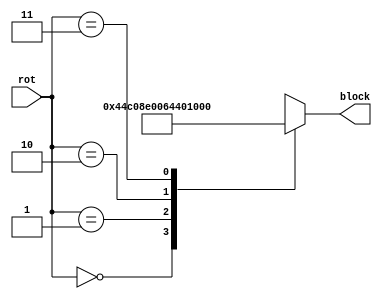
module J_sel(input[1:0] rot, output reg[0:15] block);
wire[0:15] j0 = 16'b0100010011000000;
wire[0:15] j1 = 16'b1000111000000000;
wire[0:15] j2 = 16'b0110010001000000;
wire[0:15] j3 = 16'b0000111000100000;
always @*
begin
    case(rot)
        0: block = j0;
        1: block = j1;
        2: block = j2;
        3: block = j3;
        default: block = j0;
    endcase
end
endmodule